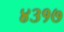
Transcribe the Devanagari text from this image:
४३१७